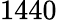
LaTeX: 1440